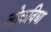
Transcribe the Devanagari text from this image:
लोकविद्या